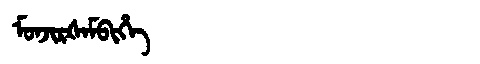
Manchu: ᠮᠣᠨᠵᡳᡵᡧᠠᠮᠪᡳᡥᡝ
Romanization: MONJIRŠAMBIHE